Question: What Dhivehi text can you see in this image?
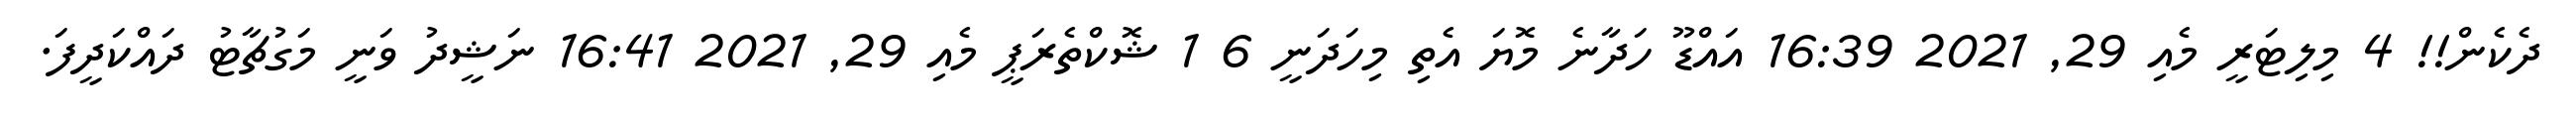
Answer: ދެކެން!! 4 މިލިޓަރީ މެއި 29, 2021 16:39 އައްޑޫ ހަދާނެ މޮޔަ އެތި މިހަދަނީ 6 1 ޝޮކްތެރަޕީ މެއި 29, 2021 16:41 ނަޝީދު ވަނީ މަގުޗާޓު ދައްކަދީފަ.